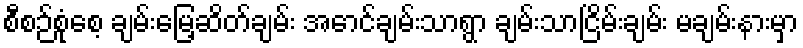
စီစဉ်စုံစေ့ ချမ်းမြေ့ဆိတ်ချမ်း အောင်ချမ်းသာရွာ ချမ်းသာငြိမ်းချမ်း မချမ်းနားမှာ